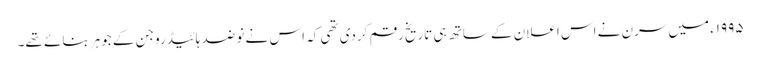
١٩٩٥ء میں سرن نے اس اعلان کے ساتھ ہی تاریخ رقم کردی تھی کہ اس نے نو ضد ہائیڈروجن کے جوہر بنائے تھے۔